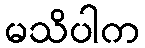
မသိပါက